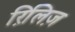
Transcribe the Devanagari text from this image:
रिलि़ज़